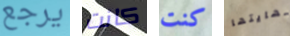
يرجع كانت كنت نهايتها